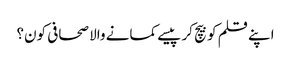
اپنے قلم کو بیچ کر پیسے کمانے والا صحافی کون؟